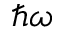
\hbar \omega